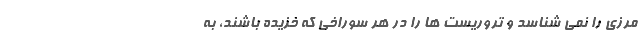
مرزی را نمی شناسد و تروریست ها را در هر سوراخی که خزیده باشند، به